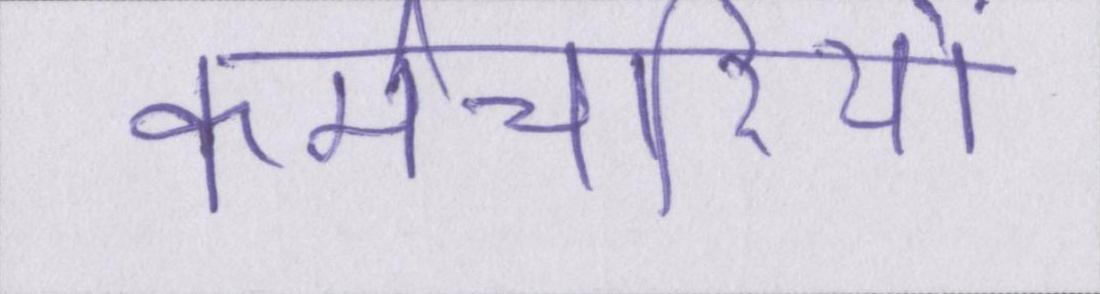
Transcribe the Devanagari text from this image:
कर्मचारियों